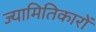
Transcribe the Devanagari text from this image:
ज्यामितिकारों